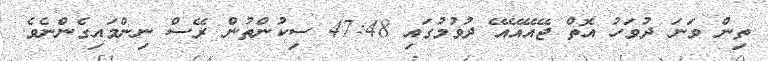
ތިން ވަނަ ދުވަހު އޮތް ޖޭއޭއޭއޭ ދުވުމުގައި 47:48 ސިކުންތުން ރޭސް ނިންމައިގެންނެވެ.